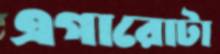
এগারোটা